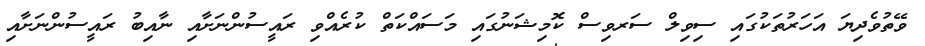
ވޭތުވެދިޔަ އަހަރުތަކުގައި ސިވިލް ސަރވިސް ކޮމިޝަނުގައި މަސައްކަތް ކުރެއްވި ރައީސުންނަށާއި ނާއިބު ރައީސުންނަށާއި